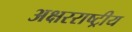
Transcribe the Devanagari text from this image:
अक्षरराष्ट्रीय